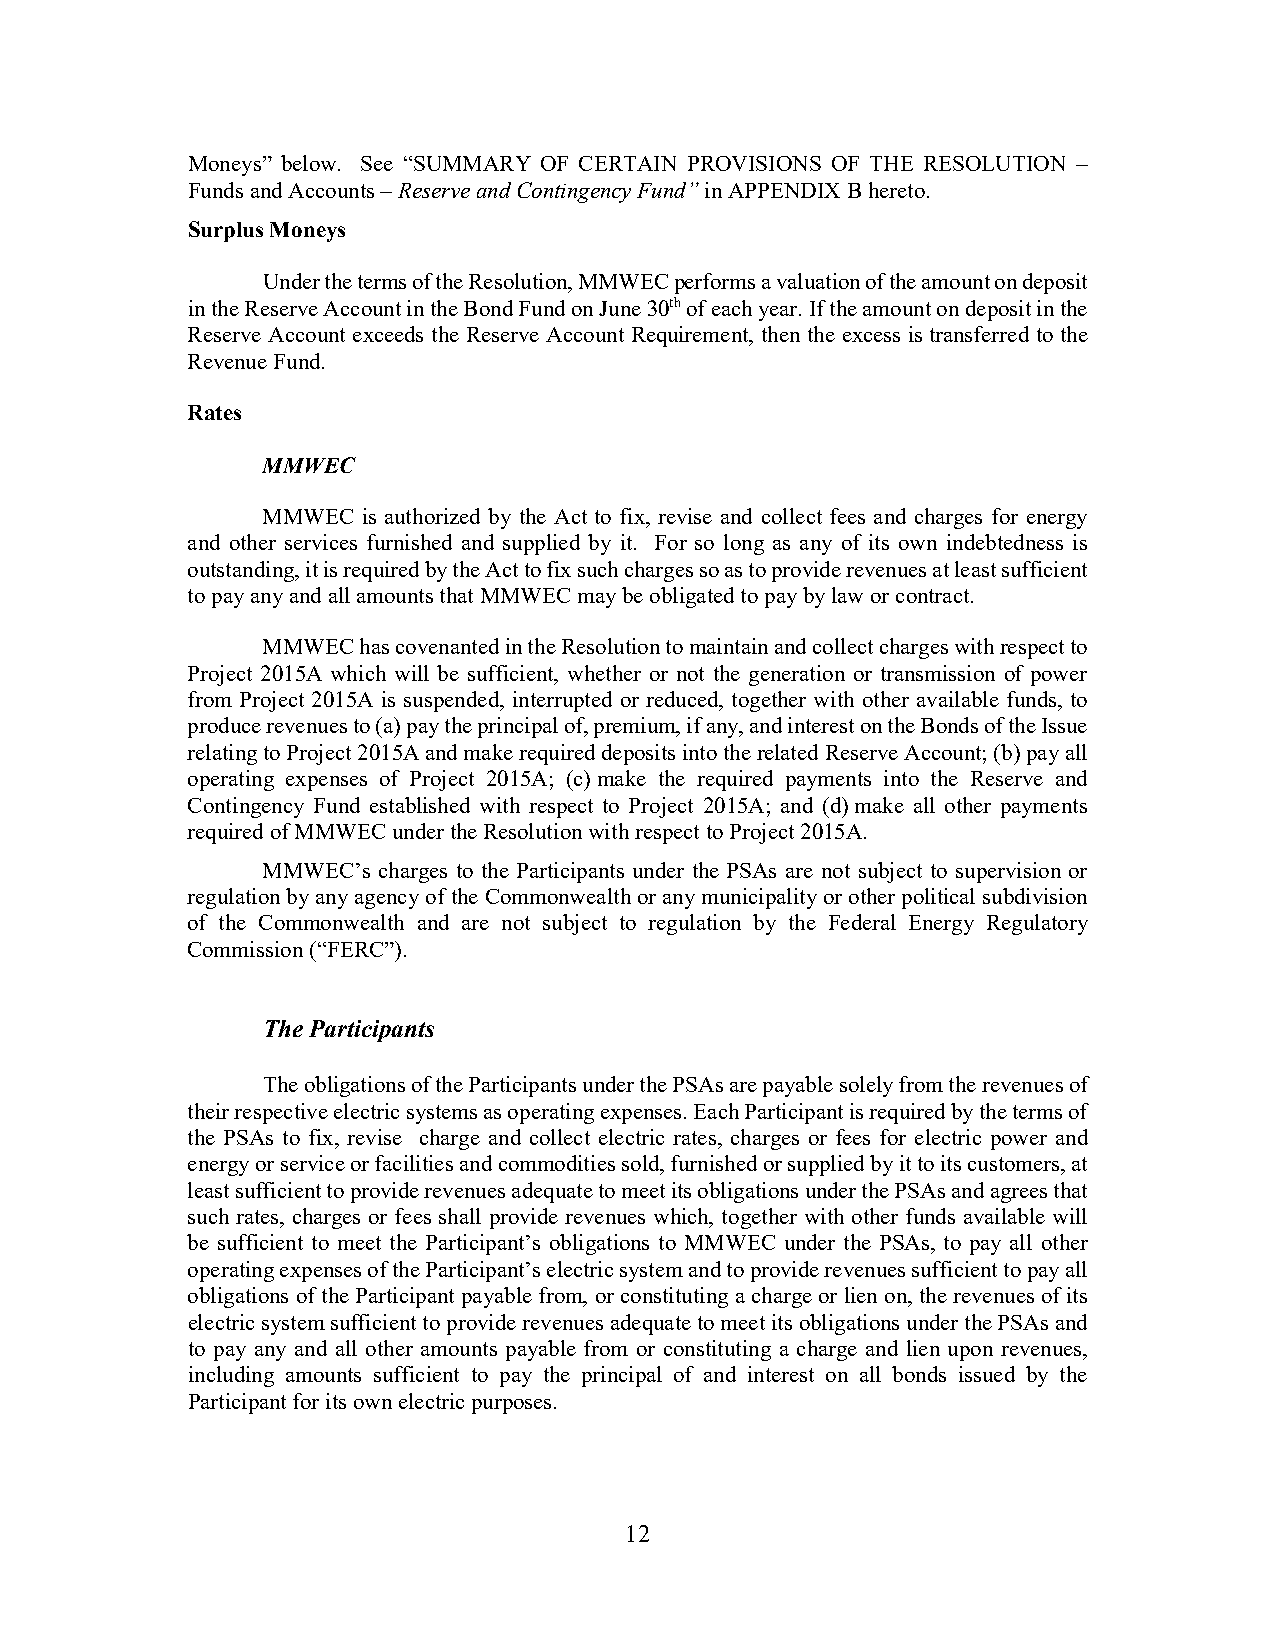
Moneys” below. See “SUMMARY OF CERTAIN PROVISIONS OF THE RESOLUTION –
 Funds and Accounts – Reserve and Contingency Fund” in APPENDIX B hereto.
 Surplus Moneys
 Under the terms of the Resolution, MMWEC performs a valuation of the amount on deposit
 in the Reserve Account in the Bond Fund on June 30th of each year. If the amount on deposit in the
 Reserve Account exceeds the Reserve Account Requirement, then the excess is transferred to the
 Revenue Fund.
 Rates
 MMWEC
 MMWEC  is authorized by the Act to fix, revise and collect fees and charges for energy
 and other services furnished and supplied by it. For so long as any of its own indebtedness is
 outstanding, it is required by the Act to fix such charges so as to provide revenues at least sufficient
 to pay any and all amounts that MMWEC may be obligated to pay by law or contract.
 MMWEC  has covenanted in the Resolution to maintain and collect charges with respect to
 Project 2015A which will be sufficient, whether or not the generation or transmission of power
 from Project 2015A is suspended, interrupted or reduced, together with other available funds, to
 produce revenues to (a) pay the principal of, premium, if any, and interest on the Bonds of the Issue
 relating to Project 2015A and make required deposits into the related Reserve Account; (b) pay all
 operating expenses of Project 2015A; (c) make the required payments into the Reserve and
 Contingency Fund established with respect to Project 2015A; and (d) make all other payments
 required of MMWEC under the Resolution with respect to Project 2015A.
 MMWEC’s charges to the Participants under the PSAs are not subject to supervision or
 regulation by any agency of the Commonwealth or any municipality or other political subdivision
 of the Commonwealth and are not subject to regulation by the Federal Energy Regulatory
 Commission (“FERC”).
 The Participants
 The obligations of the Participants under the PSAs are payable solely from the revenues of
 their respective electric systems as operating expenses. Each Participant is required by the terms of
 the PSAs to fix, revise charge and collect electric rates, charges or fees for electric power and
 energy or service or facilities and commodities sold, furnished or supplied by it to its customers, at
 least sufficient to provide revenues adequate to meet its obligations under the PSAs and agrees that
 such rates, charges or fees shall provide revenues which, together with other funds available will
 be sufficient to meet the Participant’s obligations to MMWEC under the PSAs, to pay all other
 operating expenses of the Participant’s electric system and to provide revenues sufficient to pay all
 obligations of the Participant payable from, or constituting a charge or lien on, the revenues of its
 electric system sufficient to provide revenues adequate to meet its obligations under the PSAs and
 to pay any and all other amounts payable from or constituting a charge and lien upon revenues,
 including amounts sufficient to pay the principal of and interest on all bonds issued by the
 Participant for its own electric purposes.
 12